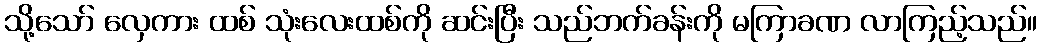
သို့သော် လှေကား ထစ် သုံးလေးထစ်ကို ဆင်းပြီး သည်ဘက်ခန်းကို မကြာခဏ လာကြည့်သည်။